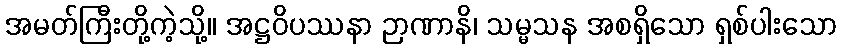
အမတ်ကြီးတို့ကဲ့သို့။ အဋ္ဌဝိပဿနာ ဉာဏာနိ၊ သမ္မသန အစရှိသော ရှစ်ပါးသော